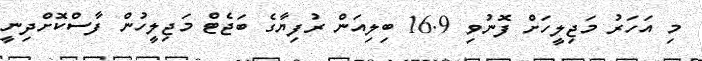
މި އަހަރު މަޖިލީހަށް ފޮނުވި 16.9 ބިލިއަން ރުފިޔާގެ ބަޖެޓް މަޖިލީހުން ފާސްކޮށްދިނީ